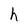
Character: h